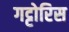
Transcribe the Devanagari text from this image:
गट्टोरिस